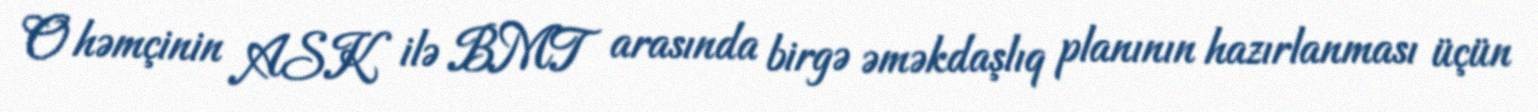
O həmçinin ASK ilə BMT arasında birgə əməkdaşlıq planının hazırlanması üçün